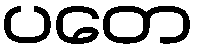
ပတေ